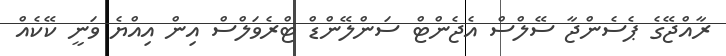
ރާއްޖޭގެ ޕެސެންޖާ ސޭލްސް އެޖެންޓް ސަންލޭންޑް ޓްރެވަލްސް އިން އިއްޔެ ވަނީ ކޭކެއް